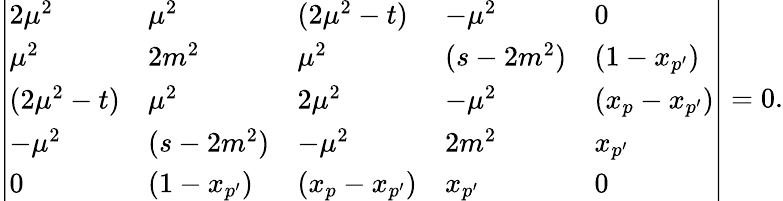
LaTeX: \left|\begin{array}{lllll}{{2\mu^{2}}}&{{\mu^{2}}}&{{(2\mu^{2}-t)}}&{{-\mu^{2}}}&{{0}}\\ {{\mu^{2}}}&{{2m^{2}}}&{{\mu^{2}}}&{{(s-2m^{2})}}&{{(1-x_{p^{\prime}})}}\\ {{(2\mu^{2}-t)}}&{{\mu^{2}}}&{{2\mu^{2}}}&{{-\mu^{2}}}&{{(x_{p}-x_{p^{\prime}})}}\\ {{-\mu^{2}}}&{{(s-2m^{2})}}&{{-\mu^{2}}}&{{2m^{2}}}&{{x_{p^{\prime}}}}\\ {{0}}&{{(1-x_{p^{\prime}})}}&{{(x_{p}-x_{p^{\prime}})}}&{{x_{p^{\prime}}}}&{{0}}\end{array}\right|=0.